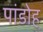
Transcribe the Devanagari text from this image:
पांडोह